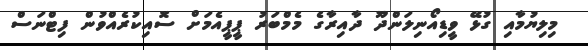
މިލިޔުމާއި ގުޅޭ ވީޑިއޯނިލަންދޫ ދާއިރާގެ މެމްބަރު ޕީޕީއެމަށް ސޮއިކުރެއްވުން ފިޓްނަސް